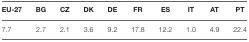
| EU-27 | BG | CZ | DK | DE | FR | ES | IT | AT | PT |
 | --- | --- | --- | --- | --- | --- | --- | --- | --- | --- |
 | 7.7 | 2.7 | 2.1 | 3.6 | 9.2 | 17.8 | 12.2 | 1.0 | 4.9 | 22.4 |